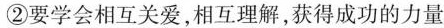
②要学会相互关爱，相互理解，获得成功的力量